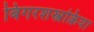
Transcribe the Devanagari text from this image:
बिगरशस्त्रक्रिया